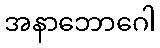
အနာဘောဂေါ